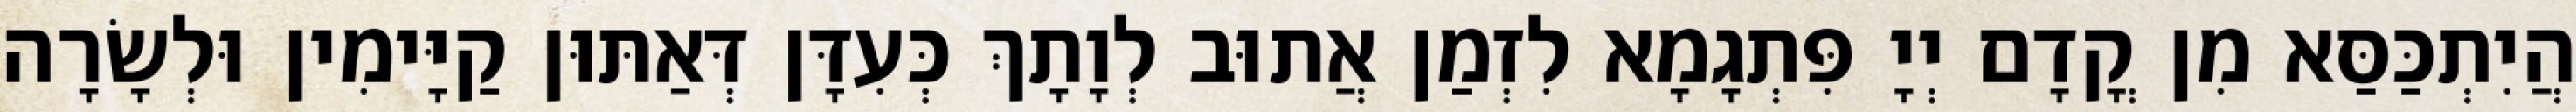
הֲיִתְכַּסַּא מִן קֳדָם יְיָ פִּתְגָמָא לִזְמַן אֲתוּב לְוָתָךְ כְּעִדָּן דְּאַתּוּן קַיָּימִין וּלְשָׂרָה